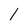
Character: 1